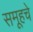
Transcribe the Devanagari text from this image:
समूहचे